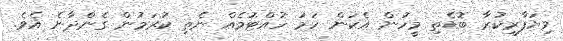
ވިޔަފާރިކުރާ ބޮޑެތި މީހުން އެކަން ހަމަ ހުއްޓުމެއް ނެތި ކުރަމުން ގެންދާނެ އެވެ.